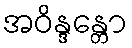
အဝိန္ဒန္တော